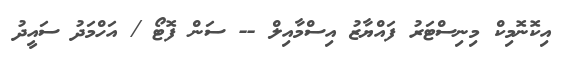
އިކޮނޮމިކް މިނިސްޓަރު ފައްޔާޒު އިސްމާއިލް -- ސަން ފޮޓޯ / އަހްމަދު ސައީދު